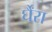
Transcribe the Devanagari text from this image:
र्घैंरा